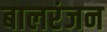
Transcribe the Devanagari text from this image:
बालरंजन